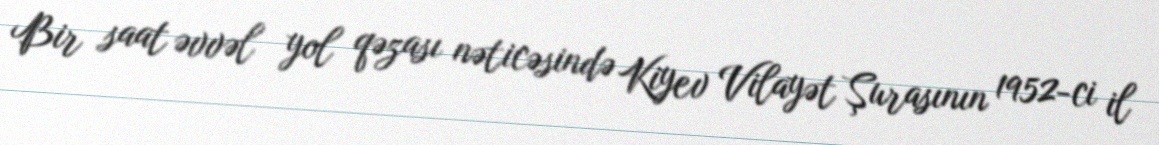
Bir saat əvvəl yol qəzası nəticəsində Kiyev Vilayət Şurasının 1952-ci il